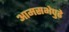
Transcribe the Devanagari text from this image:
आमसभेपुढे